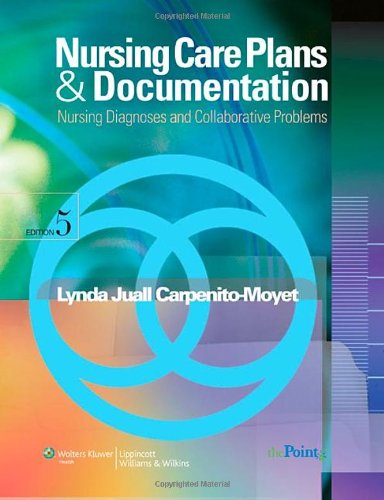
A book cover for Nursing Care Plans and Documentation: Nursing Diagnoses and Collaborative Problems; Lynda Juall Carpenito RN  MSN  CRNP; Medical Books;